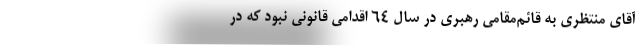
آقای منتظری به قائم‌مقامی رهبری در سال ۶۴ اقدامی قانونی نبود که در